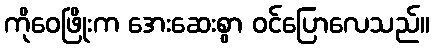
ကိုဝေဖြိုးက အေးဆေးစွာ ဝင်ပြောလေသည်။